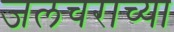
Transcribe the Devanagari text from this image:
जलचराच्या